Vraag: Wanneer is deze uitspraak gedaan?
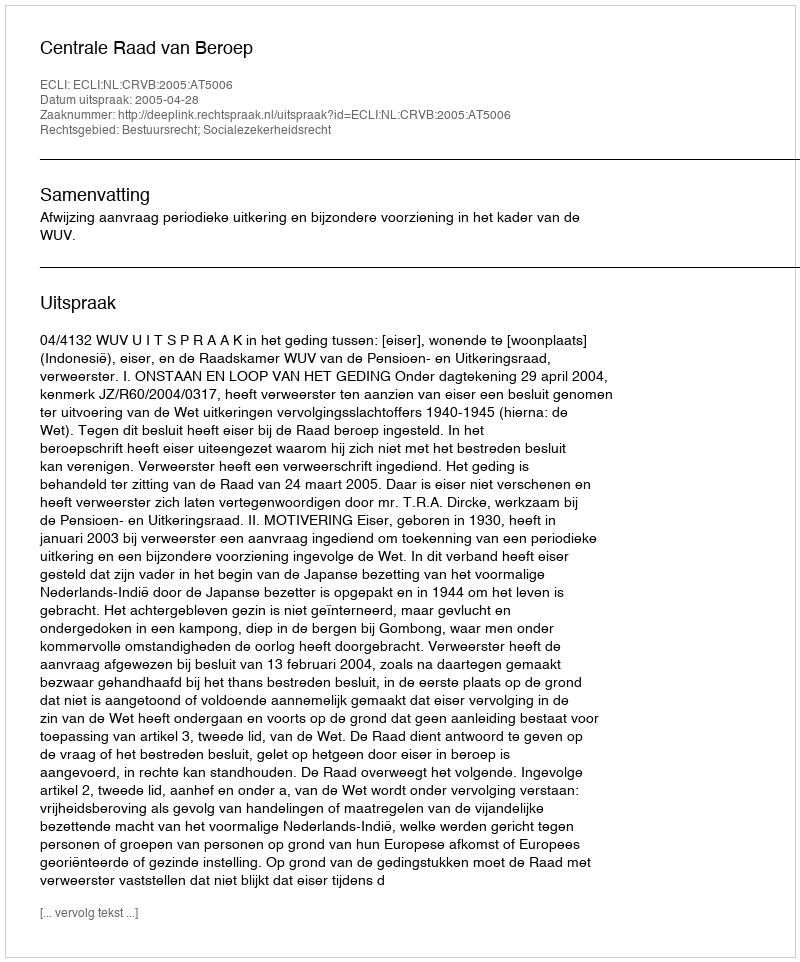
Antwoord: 2005-04-28